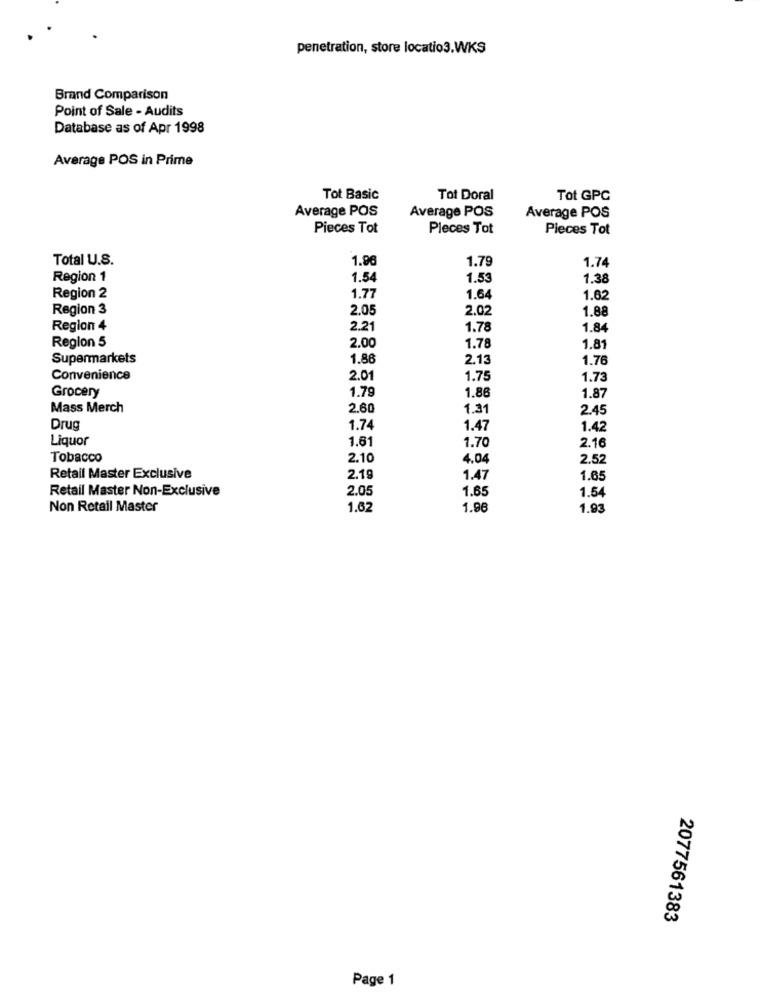
penetration, store locatio3.WKS
Brand Comparison
Point of Sale - Audits
Database as of Apr 1998
Average POS in Prime
Tot Basic
Tot Doral
Tot GPC
Average POS
Average POS
Average POS
Pieces Tot
Pleces Tot
Pieces Tot
Total U.S.
1.96
1.79
1.74
Region 1
1.54
1.53
1.38
Region 2
1.77
1.64
1.62
Region 3
2.05
2.02
1.88
Region 4
2.21
1.78
1.84
Region 5
2.00
1.78
1.81
Supermarkets
1.88
2.13
1.76
Convenience
2.01
1.75
1.73
Grocery
1.79
1.86
1.87
Mass Merch
2.60
1.31
2.45
Drug
1.74
1.47
1.42
Liquor
1.61
1.70
2.16
Tobacco
2.10
4.04
2.52
Retail Master Exclusive
2.19
1.47
1.65
Retail Master Non-Exclusive
2.05
1.65
1.54
Non Retail Master
1.62
1.96
1.93
2077561383
Page 1